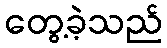
တွေ့ခဲ့သည်